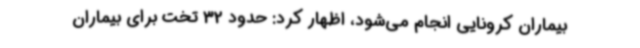
بیماران کرونایی انجام می‌شود، اظهار کرد: حدود 32 تخت برای بیماران